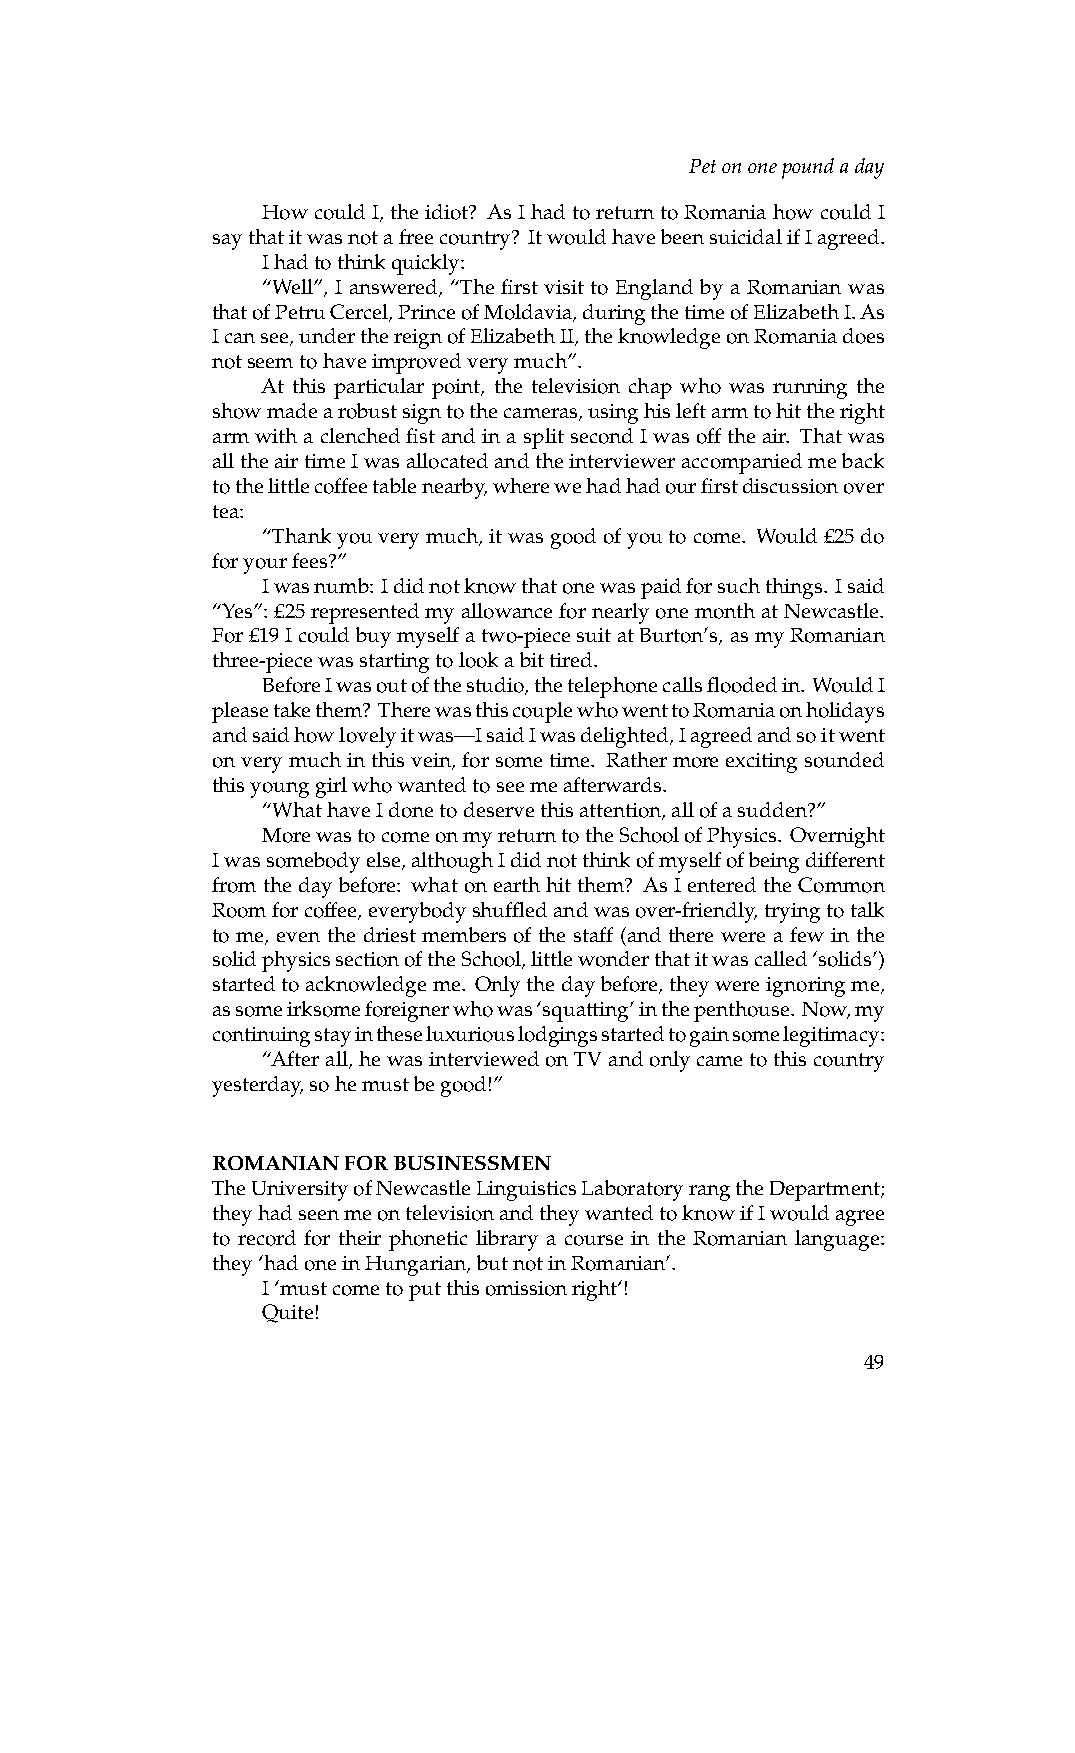
Petononepoundaday
 HowcouldI,theidiot? AsIhadtoreturntoRomaniahowcouldI
 saythatitwasnotafreecountry? ItwouldhavebeensuicidalifIagreed.
 Ihadtothinkquickly:
 “Well”, I answered, “The first visit to England by a Romanian was
 thatofPetruCercel,PrinceofMoldavia,duringthetimeofElizabethI.As
 Icansee,underthereignofElizabethII,theknowledgeonRomaniadoes
 notseemtohaveimprovedverymuch”.
 At this particular point, the television chap who was running the
 showmadearobustsigntothecameras,usinghisleftarmtohittheright
 armwithaclenchedfistandinasplitsecondIwasofftheair. Thatwas
 alltheairtimeIwasallocatedandtheintervieweraccompaniedmeback
 tothelittlecoffeetablenearby,wherewehadhadourfirstdiscussionover
 tea:
 “Thankyouverymuch,itwasgoodofyoutocome. Would£25do
 foryourfees?”
 Iwasnumb: Ididnotknowthatonewaspaidforsuchthings. Isaid
 “Yes”:£25representedmyallowancefornearlyonemonthatNewcastle.
 For£19Icouldbuymyselfatwo-piecesuitatBurton’s,asmyRomanian
 three-piecewasstartingtolookabittired.
 BeforeIwasoutofthestudio,thetelephonecallsfloodedin. WouldI
 pleasetakethem? TherewasthiscouplewhowenttoRomaniaonholidays
 andsaidhowlovelyitwas—IsaidIwasdelighted,Iagreedandsoitwent
 onverymuchinthisvein,forsometime. Rathermoreexcitingsounded
 thisyounggirlwhowantedtoseemeafterwards.
 “WhathaveIdonetodeservethisattention,allofasudden?”
 MorewastocomeonmyreturntotheSchoolofPhysics. Overnight
 Iwassomebodyelse,althoughIdidnotthinkofmyselfofbeingdifferent
 fromthedaybefore: whatonearthhitthem? AsIenteredtheCommon
 Roomforcoffee,everybodyshuffledandwasover-friendly,tryingtotalk
 to me, even the driest members of the staff (and there were a few in the
 solidphysicssectionoftheSchool,littlewonderthatitwascalled‘solids’)
 startedtoacknowledgeme. Onlythedaybefore,theywereignoringme,
 assomeirksomeforeignerwhowas‘squatting’inthepenthouse. Now,my
 continuingstayintheseluxuriouslodgingsstartedtogainsomelegitimacy:
 “Afterall,hewasinterviewedonTVandonlycametothiscountry
 yesterday,sohemustbegood!”
 ROMANIANFORBUSINESSMEN
 TheUniversityofNewcastleLinguisticsLaboratoryrangtheDepartment;
 theyhadseenmeontelevisionandtheywantedtoknowifIwouldagree
 to record for their phonetic library a course in the Romanian language:
 they‘hadoneinHungarian,butnotinRomanian’.
 I‘mustcometoputthisomissionright‘!
 Quite!
 49